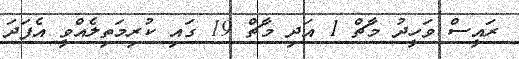
ރައީސް ވަހީދު މާޗް 1 އަދި މާޗް 19 ގައި ކުރިމަތިލެއްވީ އެފަދަ